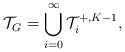
LaTeX: \begin{align*} \mathcal{T}_G = \bigcup_{i=0}^\infty \mathcal{T}^{+, K-1}_i,\end{align*}